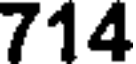
714